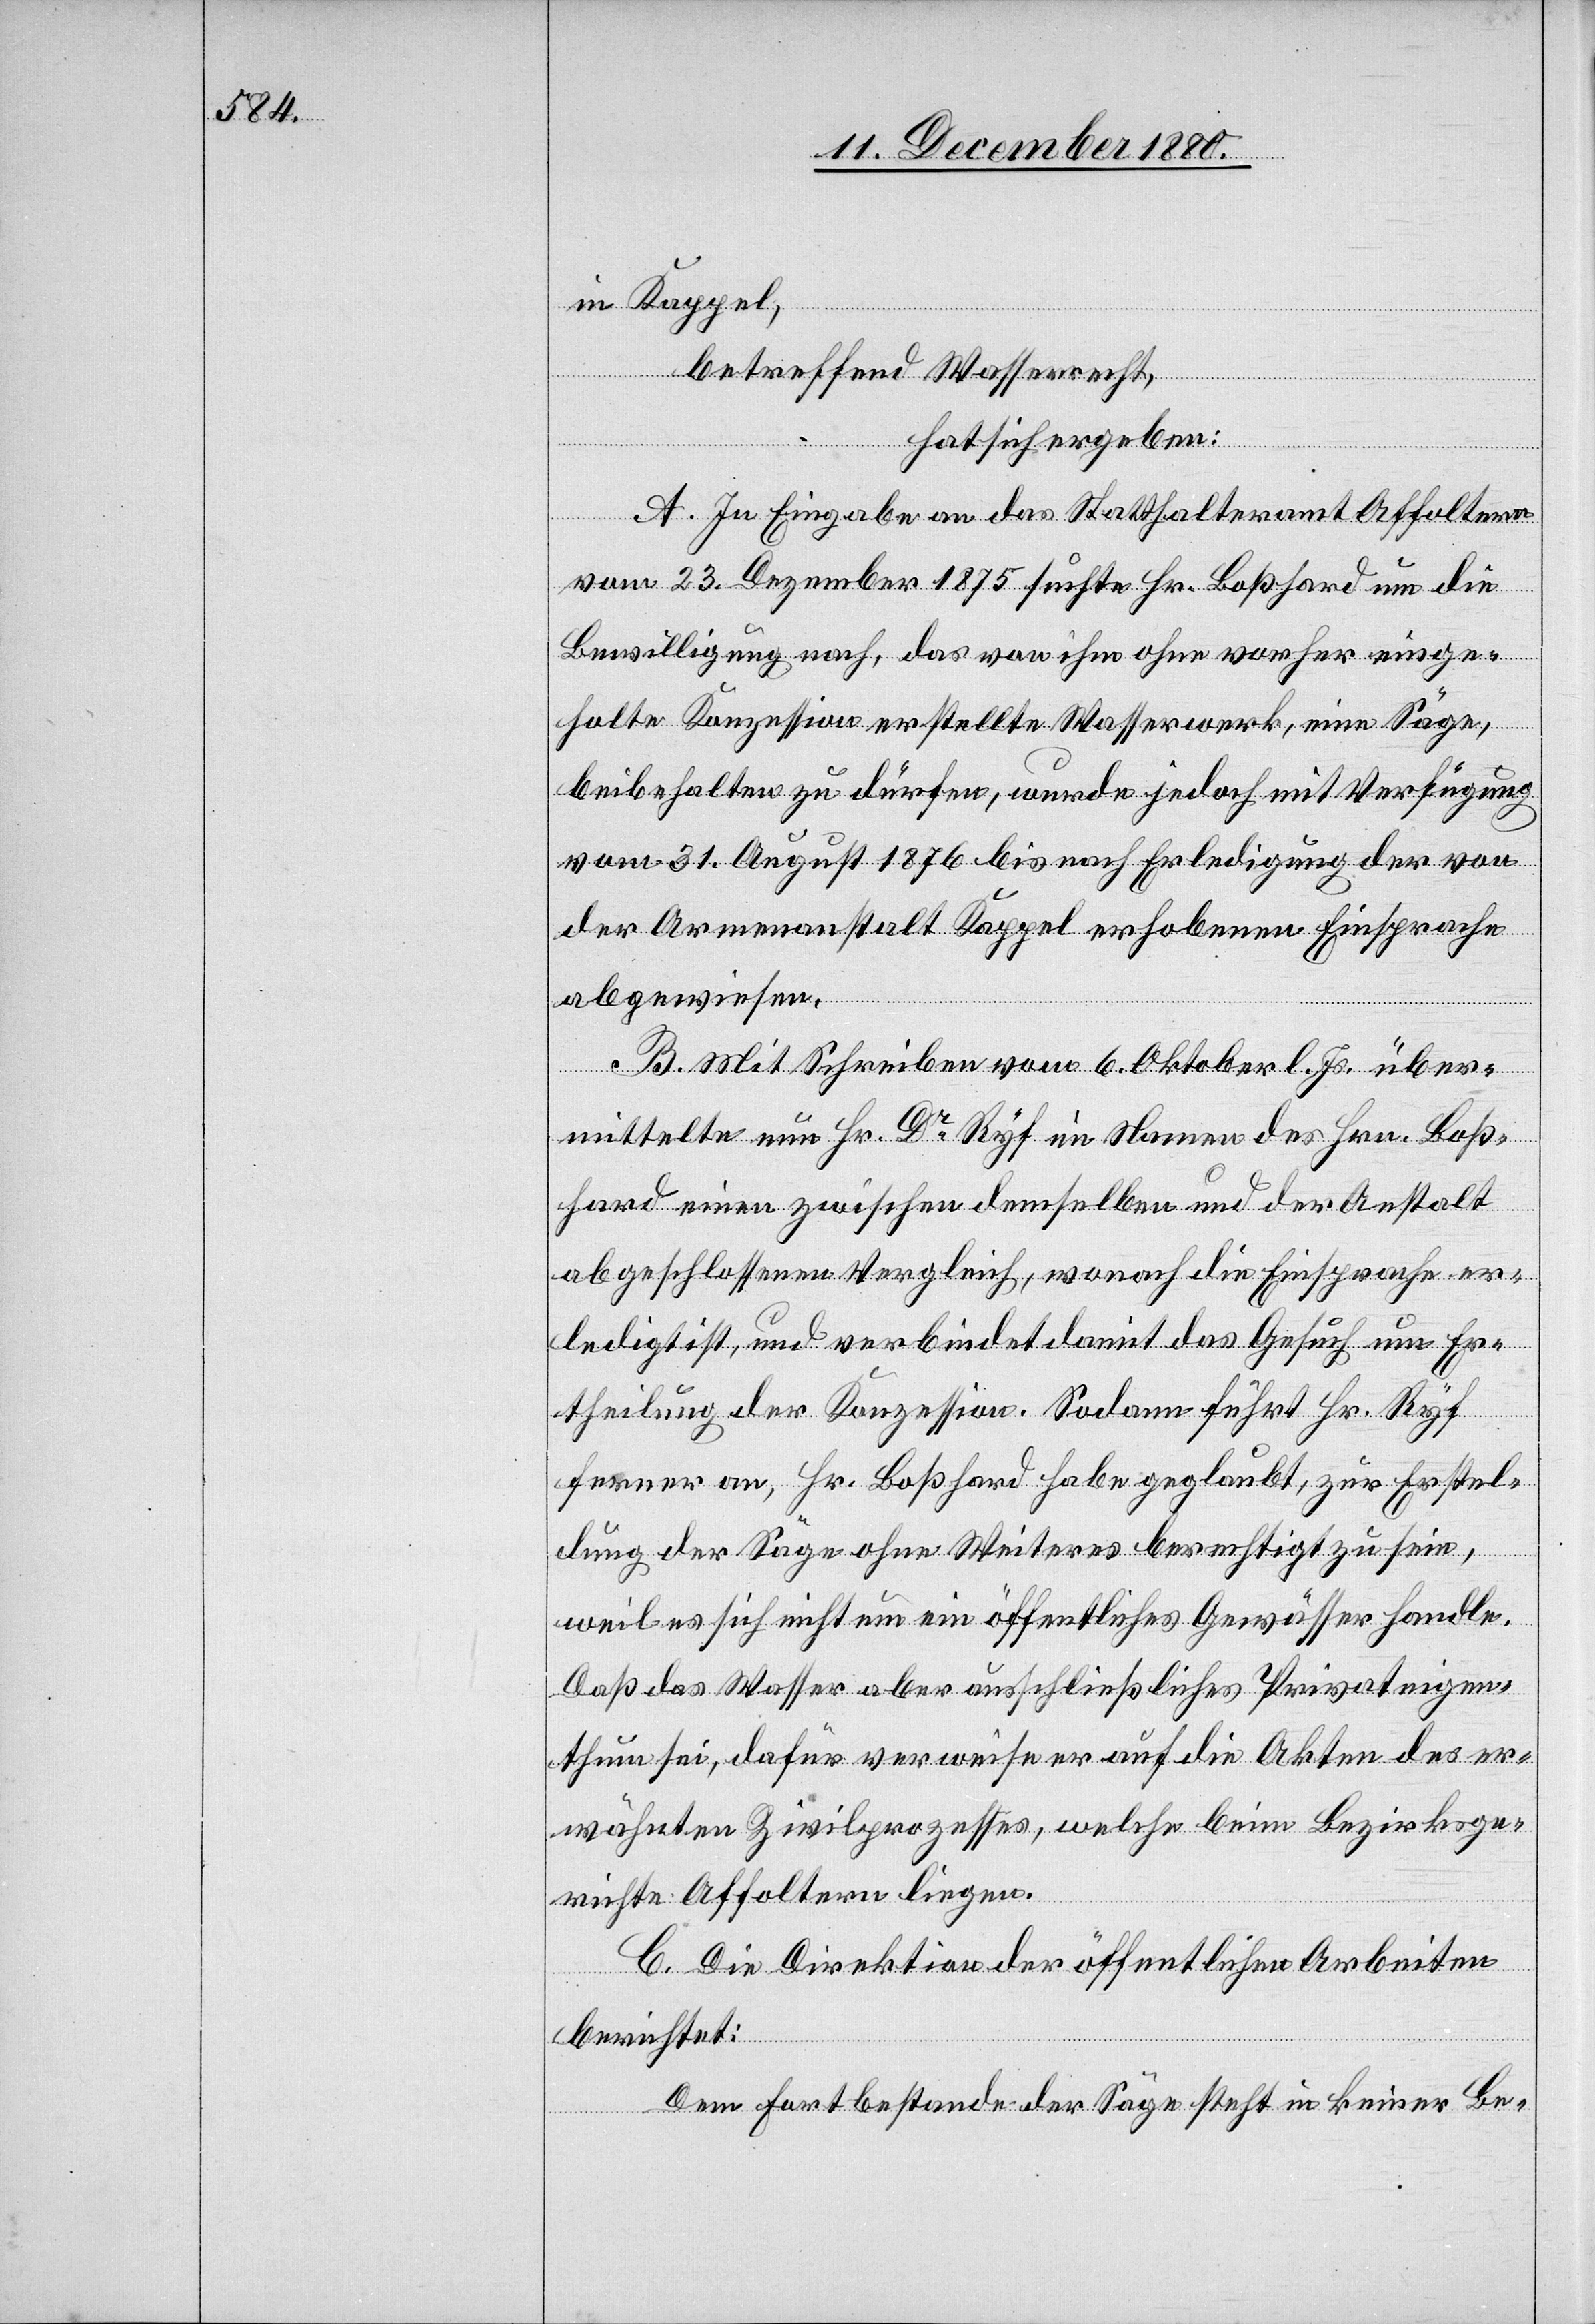
in Kappel,
betreffend Wasserrecht,
hat sich ergeben:
A. In Eingabe an das Statthalteramt Affoltern
vom 23. Dezember 1875 suchte Hr. Boßhard um die
Bewilligung nach, das von ihm ohne vorher einge¬
holte Konzession erstellte Wasserwerk, eine Säge,
beibehalten zu dürfen, wurde jedoch mit Verfügung
vom 31. August 1876 bis nach Erledigung der von
der Armenanstalt Kappel erhobenen Einsprache
abgewiesen.
B. Mit Schreiben vom 6. Oktober l. Js. über¬
mittelte nun Hr. Dr Ryf im Namen des Hrn. Boß¬
hard einen zwischen demselben und der Anstalt
abgeschlossenen Vergleich, wonach die Einsprache er¬
ledigt ist, und verbindet damit das Gesuch um Er¬
theilung der Konzession. Sodann führt Hr. Ryf
ferner an, Hr. Boßhard habe geglaubt, zur Erstel¬
lung der Säge ohne Weiteres berechtigt zu sein,
weil es sich nicht um ein öffentliches Gewässer handle.
Daß das Wasser aber ausschließliches Privateigen¬
thum sei, dafür verweise er auf die Akten des er¬
wähnten Zivilprozesses, welche beim Bezirksge¬
richte Affoltern liegen.
C. Die Direktion der öffentlichen Arbeiten
berichtet:
Dem Fortbestande der Säge steht in keiner Be-